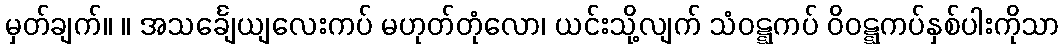
မှတ်ချက်။ ။ အသင်္ချေယျလေးကပ် မဟုတ်တုံလော၊ ယင်းသို့လျက် သံဝဋ္ဋကပ် ဝိဝဋ္ဋကပ်နှစ်ပါးကိုသာ